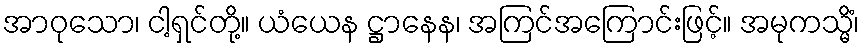
အာဝုသော၊ ငါ့ရှင်တို့။ ယံယေန ဋ္ဌာနေန၊ အကြင်အကြောင်းဖြင့်။ အမုကသ္မိံ၊